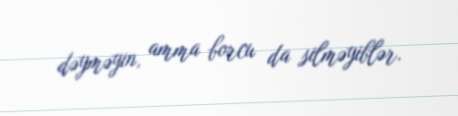
dəyməyin, amma borcu da silməyiblər.